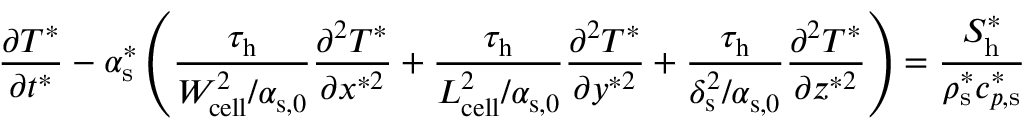
\frac { \partial T ^ { * } } { \partial t ^ { * } } - \alpha _ { \mathrm { { s } } } ^ { * } \left( \boldsymbol { \frac { \tau _ { \mathrm { h } } } { W _ { \mathrm { c e l l } } ^ { 2 } / \alpha _ { \mathrm { s , 0 } } } } \frac { \partial ^ { 2 } T ^ { * } } { \partial x ^ { * 2 } } + \boldsymbol { \frac { \tau _ { \mathrm { h } } } { L _ { \mathrm { c e l l } } ^ { 2 } / \alpha _ { \mathrm { s , 0 } } } } \frac { \partial ^ { 2 } T ^ { * } } { \partial y ^ { * 2 } } + \boldsymbol { \frac { \tau _ { \mathrm { h } } } { \delta _ { \mathrm { s } } ^ { 2 } / \alpha _ { \mathrm { s , 0 } } } } \frac { \partial ^ { 2 } T ^ { * } } { \partial z ^ { * 2 } } \right) = \frac { S _ { \mathrm { h } } ^ { * } } { \rho _ { \mathrm { s } } ^ { * } c _ { p , \mathrm { s } } ^ { * } }